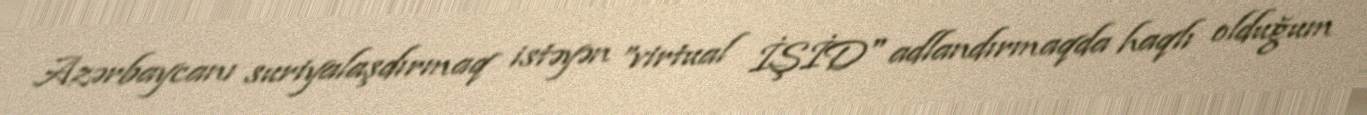
Azərbaycanı suriyalaşdırmaq istəyən ”virtual İŞİD" adlandırmaqda haqlı olduğum